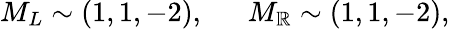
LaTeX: M_{L}\sim(1,1,-2),\, \, \, \, \, \, \, \, \, M_{\mathbb{R}}\sim(1,1,-2),